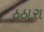
ઠઠારા